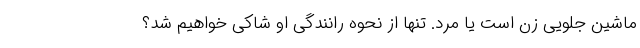
ماشین جلویی زن است یا مرد. تنها از نحوه رانندگی او شاکی خواهیم شد؟